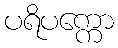
ပရိပက္ကော